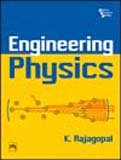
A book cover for Engineering Physics; K. Rajagopal; Science & Math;